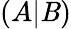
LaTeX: (A|\mathit{B})